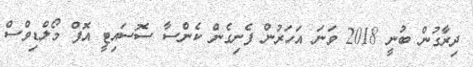
ދިރާގުން ބުނީ 2018 ވަނަ އަހަރުން ފެށިގެން ކެންސާ ސޮސައިޓީ އޮފް މޯލްޑިވްސް